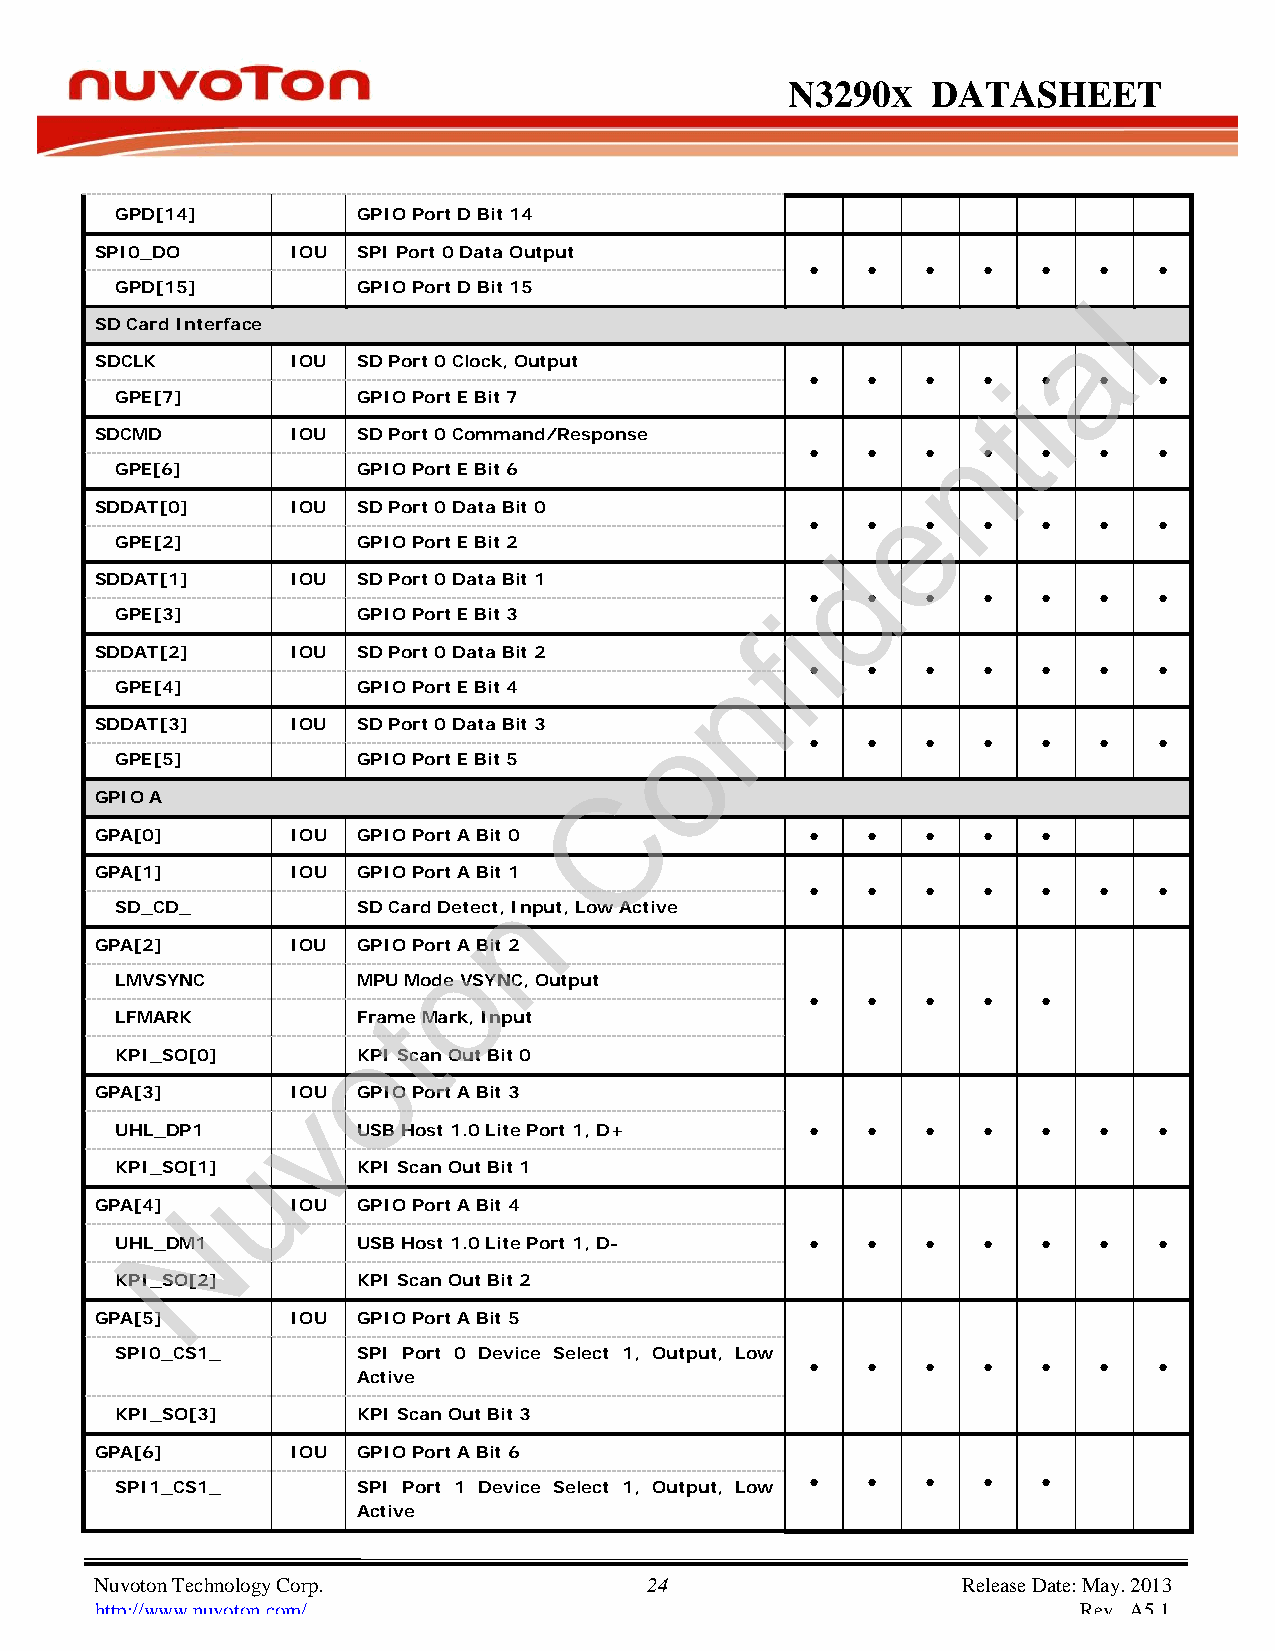
N3290      X DATASHEET
 GPD[14] GPIO Port D Bit 14
 SPI0_DO IOU       SPI Port 0 Data Output
 ●  ●   ●   ●   ●   ●   ●
 GPD[15] GPIO Port D Bit 15                                      l
 a
 SD Card Interface
 SDCLK IOU         SD Port 0 Clock, Output
 ●  ●   ●   ● i●    ●   ●
 GPE[7] GPIO Port E Bit 7                                 t
 SDCMD IOU         SD Port 0 Command/Response             n
 ●  ●   ●   ●   ●   ●   ●
 GPE[6] GPIO Port E Bit 6
 e
 SDDAT[0] IOU      SD Port 0 Data Bit 0
 ●  ●   ●   ●   ●   ●   ●
 GPE[2] GPIO Port E Bit 2                       d
 SDDAT[1] IOU      SD Port 0 Data Bit 1
 ●  ●   ●   ●   ●   ●   ●
 i
 GPE[3] GPIO Port E Bit 3
 f
 SDDAT[2] IOU      SD Port 0 Data Bit 2
 n
 ●  ●   ●   ●   ●   ●   ●
 GPE[4] GPIO Port E Bit 4
 o
 SDDAT[3] IOU      SD Port 0 Data Bit 3
 ●  ●   ●   ●   ●   ●   ●
 GPE[5] GPIO Port E Bit 5
 C
 GPIO A
 GPA[0] IOU        GPIO Port A Bit 0             ●  ●   ●   ●   ●
 GPA[1] IOU        GPIO Port A Bit 1
 n
 ●  ●   ●   ●   ●   ●   ●
 SD_CD_ SD Card Detect, Input, Low Active
 GPA[2] IOU        GPIO Poort A Bit 2
 LMVSYNC MPU Mode VSYNC, Output
 t                            ●  ●   ●   ●   ●
 LFMARK Frame Mark, Input
 o
 KPI_SO[0] KPI Scan Out Bit 0
 GPA[3] IOU   v    GPIO Port A Bit 3
 UHL_DP1 USB Host 1.0 Lite Port 1, D+          ●  ●   ●   ●   ●   ●   ●
 u
 KPI_SO[1] KPI Scan Out Bit 1
 GPA[4] INOU       GPIO Port A Bit 4
 UHL_DM1 USB Host 1.0 Lite Port 1, D-          ●  ●   ●   ●   ●   ●   ●
 KPI_SO[2] KPI Scan Out Bit 2
 GPA[5] IOU        GPIO Port A Bit 5
 SPI0_CS1_ SPI Port 0 Device Select 1, Output, Low
 ●  ●   ●   ●   ●   ●   ●
 Active
 KPI_SO[3] KPI Scan Out Bit 3
 GPA[6] IOU        GPIO Port A Bit 6
 SPI1_CS1_ SPI Port 1 Device Select 1, Output, Low ● ● ●  ●   ●
 Active
 Nuvoton Technology Corp. 24                               Release Date: May. 2013
 http://www.nuvoton.com/                                           Rev. A5.1